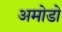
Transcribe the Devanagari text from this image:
अमोडो